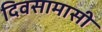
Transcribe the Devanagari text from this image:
दिवसामासी